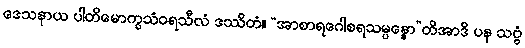
ဒေသနာယ ပါတိမောက္ခသံဝရသီလံ ဒဿိတံ။ “အာစာရဂေါစရသမ္ပန္နော”တိအာဒိ ပန သဗ္ဗံ